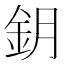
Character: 鈅